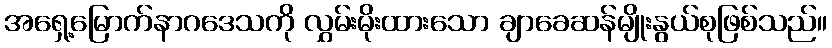
အရှေ့မြောက်နာဂဒေသကို လွှမ်းမိုးထားသော ချာခေဆန်မျိုးနွယ်စုဖြစ်သည်။